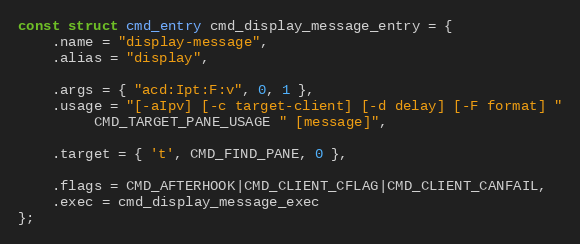
Language: C
const struct cmd_entry cmd_display_message_entry = {
	.name = "display-message",
	.alias = "display",

	.args = { "acd:Ipt:F:v", 0, 1 },
	.usage = "[-aIpv] [-c target-client] [-d delay] [-F format] "
		 CMD_TARGET_PANE_USAGE " [message]",

	.target = { 't', CMD_FIND_PANE, 0 },

	.flags = CMD_AFTERHOOK|CMD_CLIENT_CFLAG|CMD_CLIENT_CANFAIL,
	.exec = cmd_display_message_exec
};